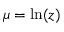
\mu = \ln ( z )